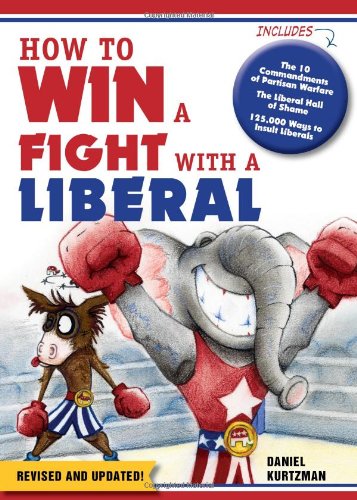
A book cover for How to Win a Fight With a Liberal; Daniel Kurtzman; Humor & Entertainment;